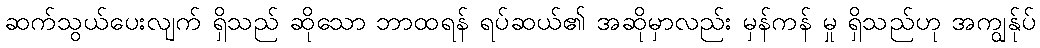
ဆက်သွယ်ပေးလျက် ရှိသည် ဆိုသော ဘာထရန် ရပ်ဆယ်၏ အဆိုမှာလည်း မှန်ကန် မှု ရှိသည်ဟု အကျွန်ုပ်